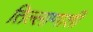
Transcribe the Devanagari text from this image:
तिल्लाणाशी